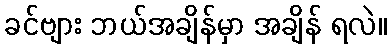
ခင်ဗျား ဘယ်အချိန်မှာ အချိန် ရလဲ။